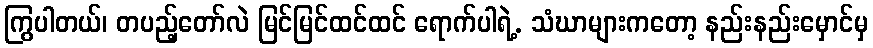
ကြွပါတယ်၊ တပည့်တော်လဲ မြင်မြင်ထင်ထင် ရောက်ပါရဲ့. သံဃာများကတော့ နည်းနည်းမှောင်မှ